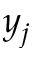
y _ { j }